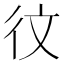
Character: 𪫋